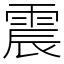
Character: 震